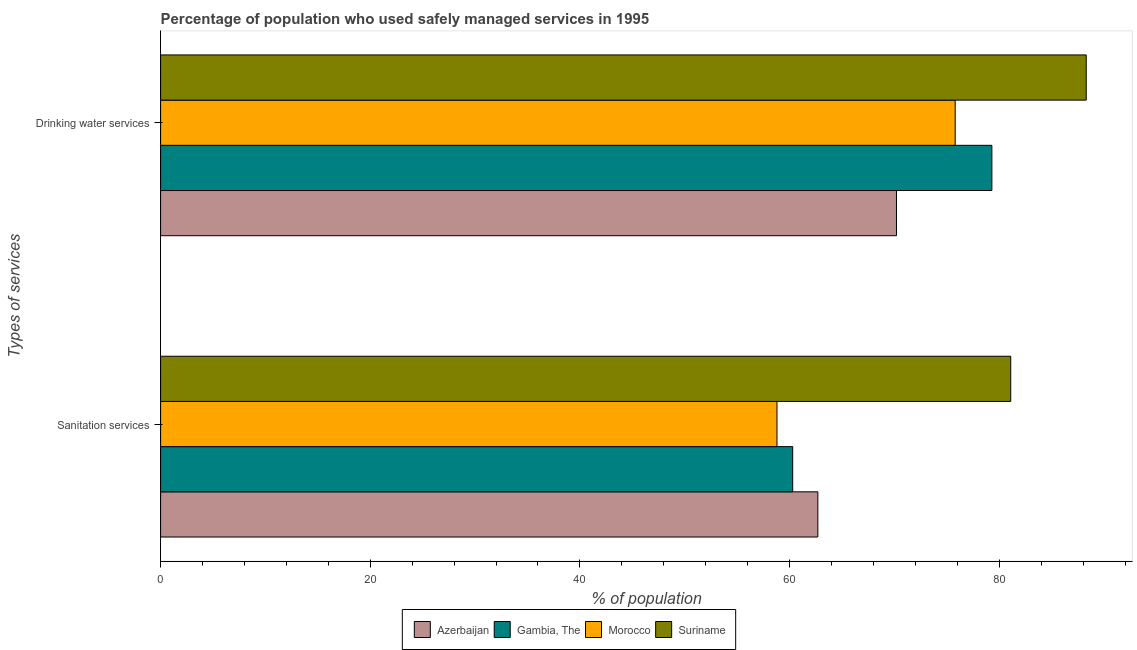
| Types of services | Azerbaijan | Gambia, The | Morocco | Suriname |
 | --- | --- | --- | --- | --- |
 | Sanitation services | 62.7 | 60.3 | 58.8 | 81.1 |
 | Drinking water services | 70.2 | 79.3 | 75.8 | 88.3 |